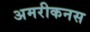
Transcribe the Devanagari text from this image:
अमरीकनस